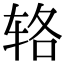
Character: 辂